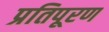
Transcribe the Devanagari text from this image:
प्रतिपूरण